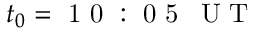
t _ { 0 } = \mathrm { ~ 1 ~ 0 ~ : ~ 0 ~ 5 ~ \, ~ U ~ T ~ }